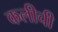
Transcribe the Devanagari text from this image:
कलीची